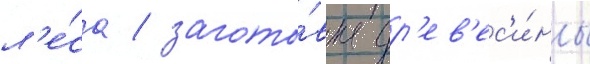
л'е́са / загото́вка др'ев'ес'и́ны